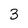
Character: 3